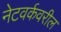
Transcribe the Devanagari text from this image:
नेटवर्कवरील